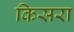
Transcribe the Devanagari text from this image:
किसरा